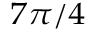
_ { 7 \pi / 4 }